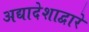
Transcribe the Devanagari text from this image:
अद्यादेशाद्वारे